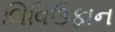
લિવિઉફાન